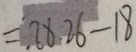
= 2 8 . 2 6 - 1 8